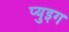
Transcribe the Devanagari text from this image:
प्युइग